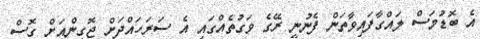
އެ ބޮޑުމަސް ލައްގާފައިވާތަން ފެނުނީ ރޭގެ ވަގުތެއްގައި އެ ސަރަހައްދަށް ޖޮގިންއަށް ގޮސް